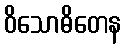
ဝိသောဓိတေန